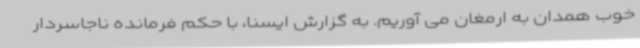
خوب همدان به ارمغان می آوریم. به گزارش ایسنا، با حکم فرمانده ناجاسردار